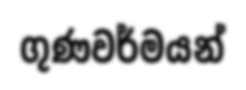
ගුණවර්මයන්